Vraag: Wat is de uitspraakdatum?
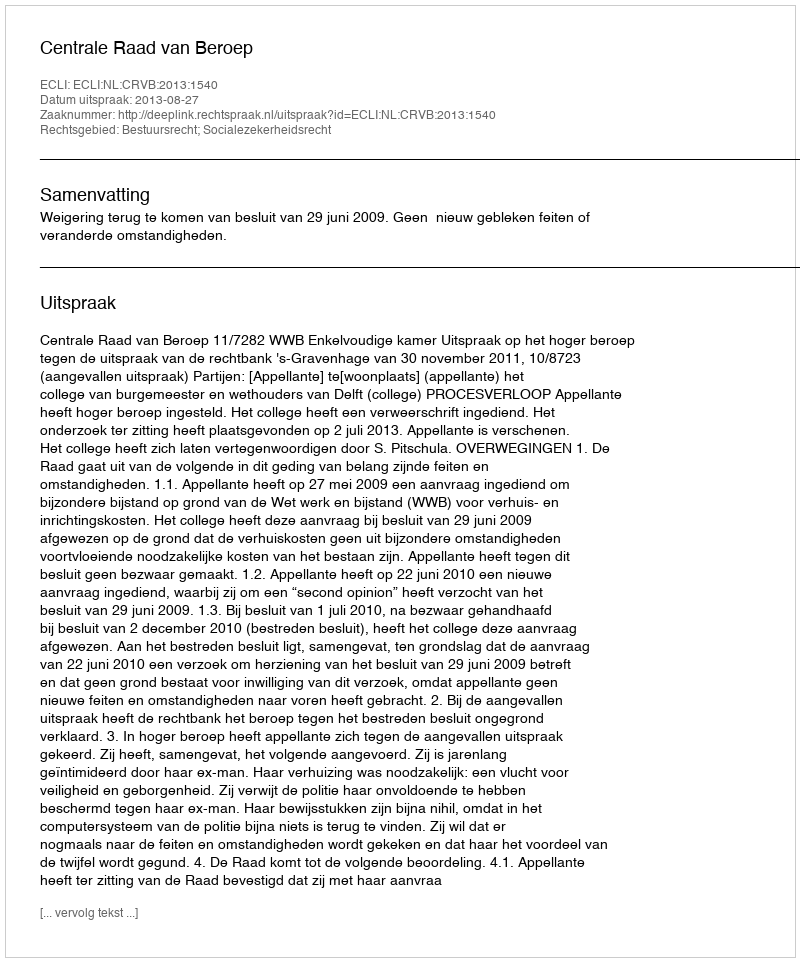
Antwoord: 2013-08-27